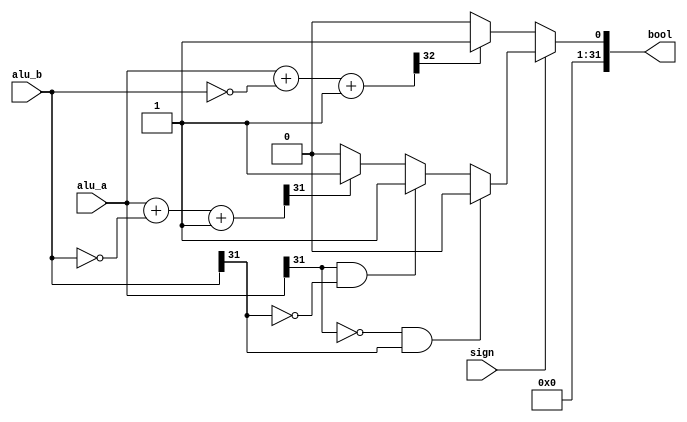
module set_on(
    input sign,
    input [31:0]alu_a,
    input [31:0]alu_b,
    output reg [31:0] bool
    );
    wire [31:0]num;
    wire [32:0] unsign_numa,unsign_numb;
    wire [32:0] unsign_sub;

    assign unsign_numa={1'b0,alu_a};
    assign unsign_numb={1'b0,alu_b};    
    assign unsign_sub=unsign_numa+~unsign_numb+1;
    assign num=alu_a+~alu_b+1;
    
    always@(*)begin
        if(sign==0)begin
            bool=(unsign_sub[32]==1)?1:0;
        end
        else if(alu_a[31]==0&&alu_b[31]==1) begin
            bool=0;
        end
        else if(alu_a[31]==1&&alu_b[31]==0) begin
             bool=1;
         end
         else begin
            bool=(num[31]==1)?1:0;
         end
    end
endmodule